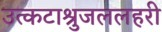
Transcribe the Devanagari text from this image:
उत्कटाश्रुजललहरी